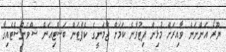
ޔޫރޯ އަންނަން ވާއިރަށް މުޅިން ފިޓުވާނެ ކަމަށް ޖާމަނީގެ ކެޕްޓަން ބަސްޓިއަން ޝްވެންސްޓެއިގާ